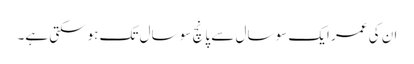
ان کی عمر ایک سو سال سے پانچ سو سال تک ہوسکتی ہے۔